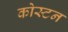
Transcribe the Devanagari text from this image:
कोस्टन